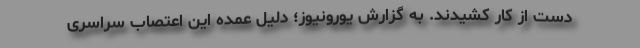
دست از کار کشیدند. به گزارش یورونیوز؛ دلیل عمده این اعتصاب سراسری